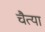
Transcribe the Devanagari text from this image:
चैत्या